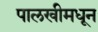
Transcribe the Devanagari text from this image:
पालखीमधून